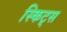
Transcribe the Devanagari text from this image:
स्किट्स